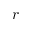
r